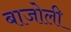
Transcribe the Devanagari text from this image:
बाजोली